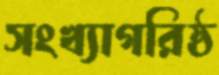
সংখ্যাগরিষ্ঠ